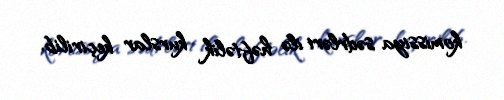
komissiya sədrləri ilə həftəlik kurslar keçirilib.